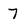
Character: 7